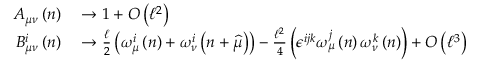
\begin{array} { r l } { A _ { \mu \nu } \left( n \right) } & { { } \rightarrow 1 + O \left( \mathcal { \ell } ^ { 2 } \right) } \\ { B _ { \mu \nu } ^ { i } \left( n \right) } & { { } \rightarrow \frac { \mathcal { \ell } } { 2 } \left( \omega _ { \mu } ^ { i } \left( n \right) + \omega _ { \nu } ^ { i } \left( n + \widehat { \mu } \right) \right) - \frac { \mathcal { \ell } ^ { 2 } } { 4 } \left( \epsilon ^ { i j k } \omega _ { \mu } ^ { j } \left( n \right) \omega _ { \nu } ^ { k } \left( n \right) \right) + O \left( \mathcal { \ell } ^ { 3 } \right) } \end{array}